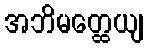
အဘိမတ္ထေယျ